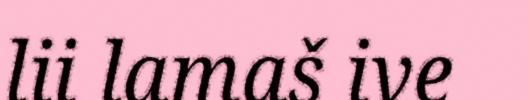
lii lamaš ive